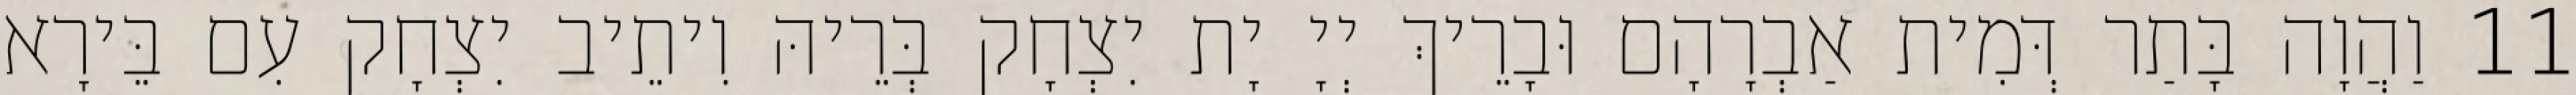
11 וַהֲוָה בָּתַר דְּמִית אַבְרָהָם וּבָרֵיךְ יְיָ יָת יִצְחָק בְּרֵיהּ וִיתֵיב יִצְחָק עִם בֵּירָא